Civil Veterinary Department. Madras. Admin. report 1926-33 - 1926-1933
Year: 1926
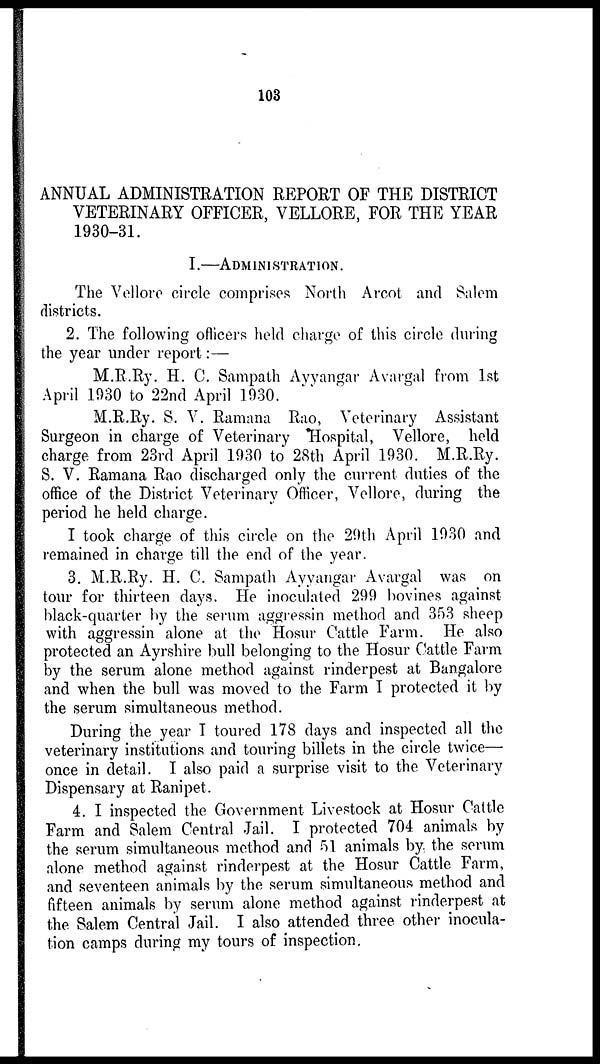
103
ANNUAL ADMINISTRATION REPORT OF THE DISTRICT
VETERINARY OFFICER, VELLORE, FOR THE YEAR
1930-31.
I.—ADMINISTRATION.
The Vellore circle comprises North Arcot and Salem
districts.
2. The following officers held charge of this circle during
the year under report:—
M.R.Ry. H. C. Sampath Ayyangar Avargal from 1st
April 1930 to 22nd April 1930.
M.R.Ry. S. V. Ramana Rao, Veterinary Assistant
Surgeon in charge of Veterinary Hospital, Vellore, held
charge from 23rd April 1930 to 28th April 1930. M.R.Ry.
S. V. Ramana Rao discharged only the current duties of the
office of the District Veterinary Officer, Vellore, during the
period he held charge.
I took charge of this circle on the 29th April 1930 and
remained in charge till the end of the year.
3. M.R.Ry. H. C. Sampath Ayyangar Avargal was on
tour for thirteen days. He inoculated 299 bovines against
black-quarter by the serum aggressin method and 353 sheep
with aggressin alone at the Hosur Cattle Farm. He also
protected an Ayrshire bull belonging to the Hosur Cattle Farm
by the serum alone method against rinderpest at Bangalore
and when the bull was moved to the Farm I protected it by
the serum simultaneous method.
During the year I toured 178 days and inspected all the
veterinary institutions and touring billets in the circle twice—
once in detail. I also paid a surprise visit to the Veterinary
Dispensary at Ranipet.
4. I inspected the Government Livestock at Hosur Cattle
Farm and Salem Central Jail. I protected 704 animals by
the serum simultaneous method and 51 animals by the serum
alone method against rinderpest at the Hosur Cattle Farm,
and seventeen animals by the serum simultaneous method and
fifteen animals by serum alone method against rinderpest at
the Salem Central Jail. I also attended three other inocula-
tion camps during my tours of inspection.